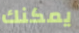
يمكنك